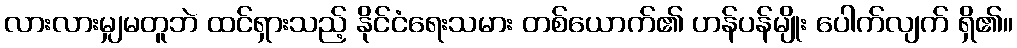
လားလားမျှမတူဘဲ ထင်ရှားသည့် နိုင်ငံရေးသမား တစ်ယောက်၏ ဟန်ပန်မျိုး ပေါက်လျက် ရှိ၏။